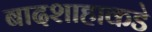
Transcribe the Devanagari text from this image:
बादशाहाकडे